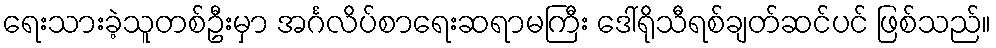
ရေးသားခဲ့သူတစ်ဦးမှာ အင်္ဂလိပ်စာရေးဆရာမကြီး ဒေါ်ရိုသီရစ်ချတ်ဆင်ပင် ဖြစ်သည်။